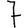
Digit: 7